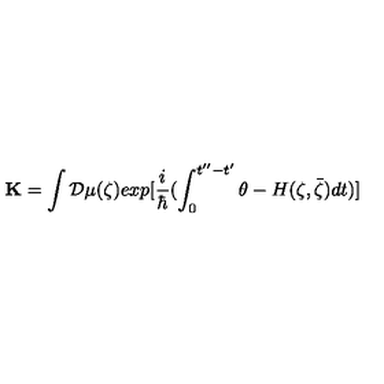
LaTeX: { \bf K } = \int { \cal D } \mu ( \zeta ) e x p [ \frac { i } { \hbar } ( \int _ { 0 } ^ { t ^ { \prime \prime } - t ^ { \prime } } \theta - H ( \zeta , \bar { \zeta } ) d t ) ]